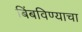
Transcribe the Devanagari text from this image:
बिंबविण्याचा